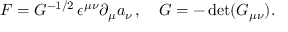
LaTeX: F = { \cal G } ^ { - 1 / 2 } \, \epsilon ^ { \mu \nu } \partial _ { \mu } a _ { \nu } \, , \quad { \cal G } = - \operatorname * { d e t } ( { \cal G } _ { \mu \nu } ) .